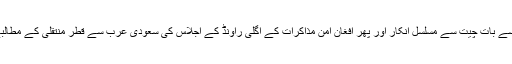
طالبان کی جانب سے پہلے سرکاری وفد سے بات چیت سے مسلسل انکار اور پھر افغان امن مذاکرات کے اگلی راؤنڈ کے اجلاس کی سعودی عرب سے قطر منتقلی کے مطالبے نے دلچسپ صورتحال پیدا کردی تھی ۔